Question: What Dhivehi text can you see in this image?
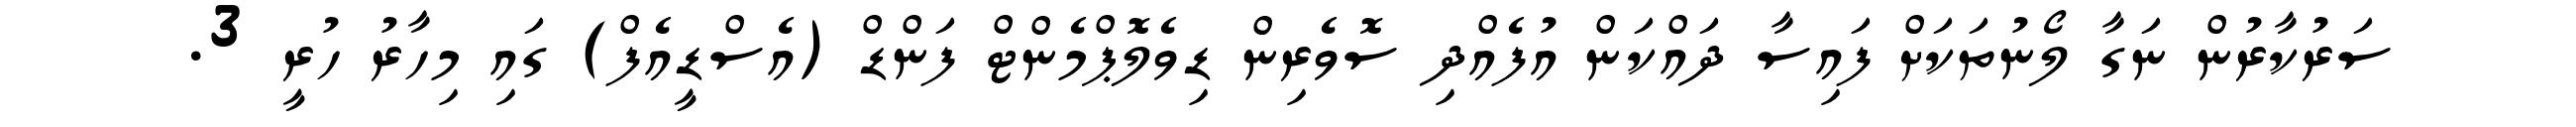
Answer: ސަރުކާރުން ނަގާ ލޯނުތަކަށް ފައިސާ ދައްކަން އުފެއްދި ސޮވެރިން ޑިވެލޮޕްމެންޓް ފަންޑް (އެސްޑީއެފް) ގައި މިހާރު ހުރީ 3.